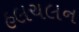
હલચલન